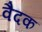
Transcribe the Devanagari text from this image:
वैदक